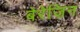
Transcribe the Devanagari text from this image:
बेरेज़िन